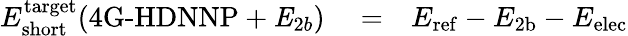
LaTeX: \begin{array}{rlr}{E_{\mathrm{short}}^{\mathrm{target}}({\textrm{4G-HDNNP}+\mathit{E}_{2b}})}&{{}=}&{E_{\mathrm{ref}}-E_{\mathrm{2b}}-E_{\mathrm{elec}}}\end{array}